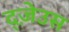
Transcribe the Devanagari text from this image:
द्ज़ेउस